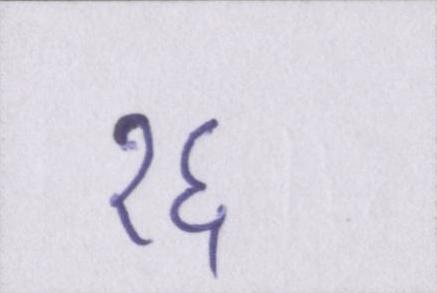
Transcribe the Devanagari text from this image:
१६